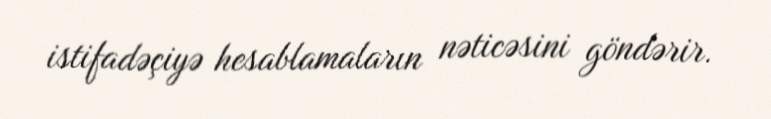
istifadəçiyə hesablamaların nəticəsini göndərir.